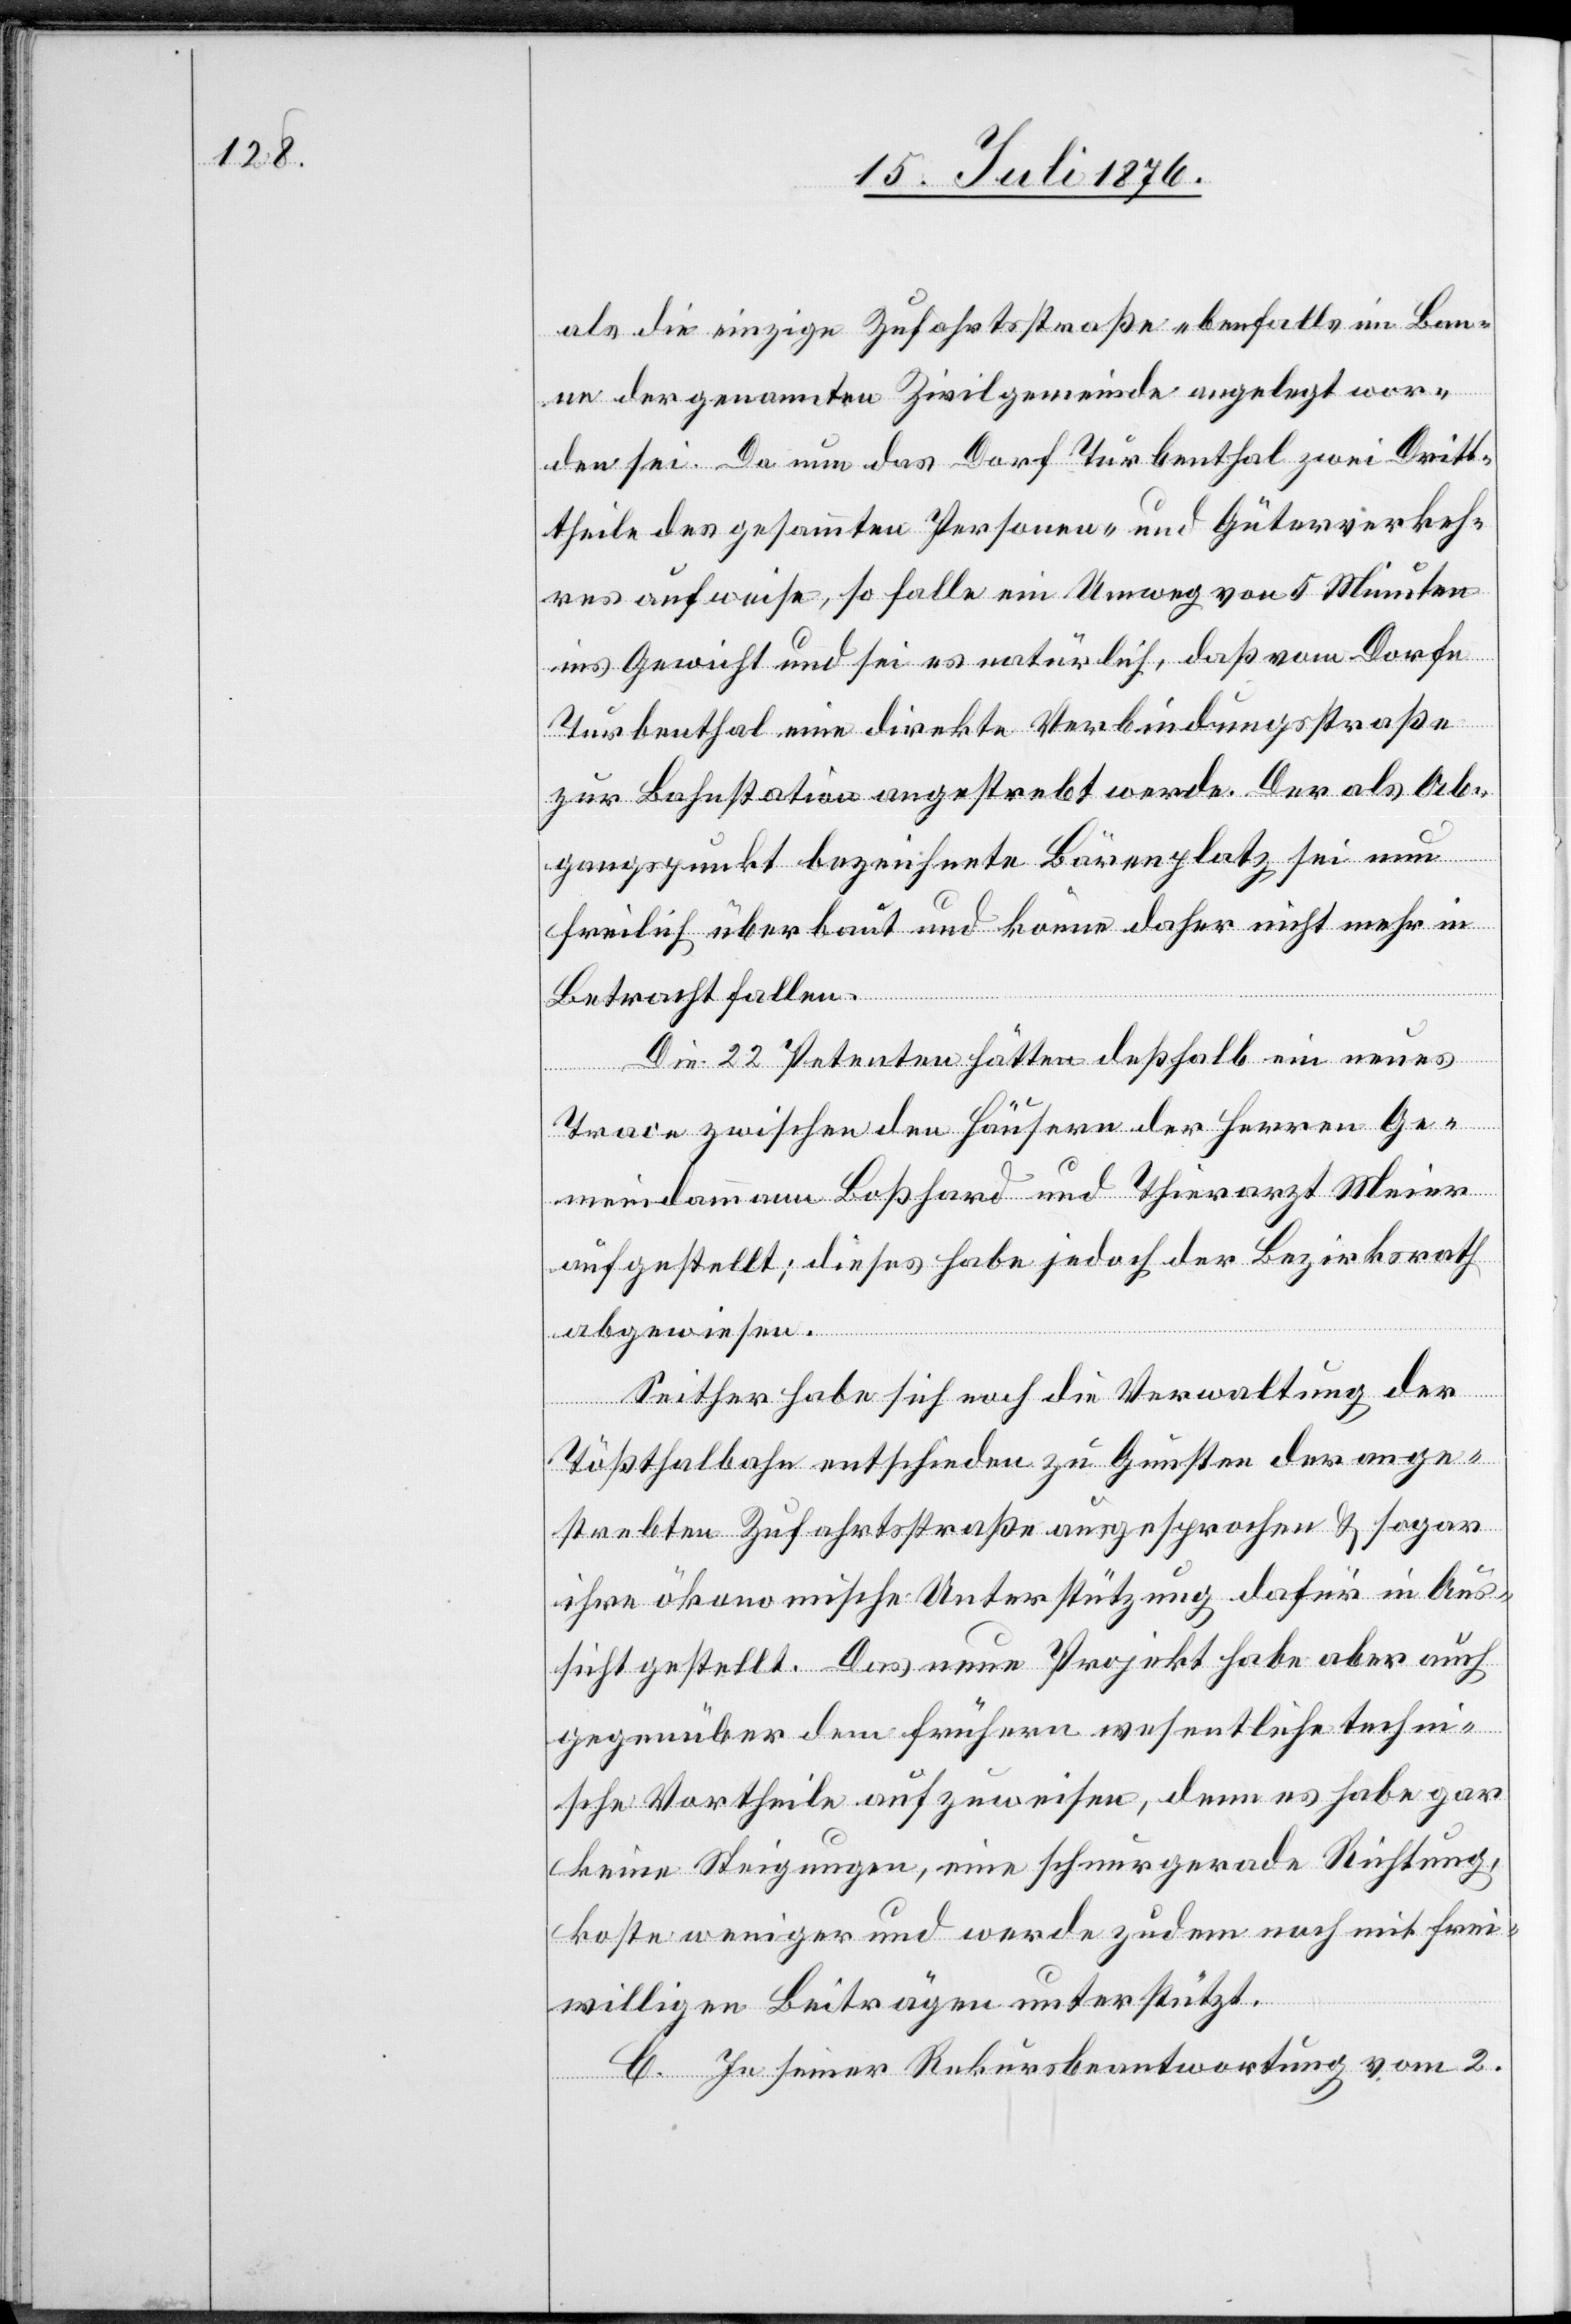
als die einzige Zufahrtstraße ebenfalls im Ban¬
ne der genannten Zivilgemeinde angelegt wor¬
den sei. Da nun das Dorf Turbenthal zwei Dritt¬
theile des gesammten Personen- und Güterverkeh¬
res aufweise, so falle ein Umweg von 5 Minuten
ins Gewicht und sei es natürlich, daß vom Dorfe
Turbenthal eine direkte Verbindungsstraße
zur Bahnstation angestrebt werde. Der als Ab¬
gangspunkt bezeichnete Bärenplatz sei nun
freilich überbaut und könne daher nicht mehr in
Betracht fallen.
Die 22 Petenten hätten deßhalb ein neues
Trace zwischen den Häusern der Herren Ge¬
meindammann Boßhard und Thierarzt Meier
aufgestellt; dieses habe jedoch der Bezirksrath
abgewiesen.
Seither habe sich noch die Verwaltung der
Tößthalbahn entschieden zu Gunsten der ange¬
strebten Zufahrtsstraße ausgesprochen & sogar
ihre ökonomische Unterstützung dafür in Aus¬
sicht gestellt. Das neue Projekt habe aber auch
gegenüber dem frühern wesentliche techni¬
sche Vortheile aufzuweisen, denn es habe gar
keine Steigungen, eine schnurgerade Richtung,
koste weniger und werde zudem noch mit frei¬
willigen Beiträgen unterstützt.
C. In seiner Rekursbeantwortung vom 2.